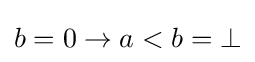
b=0\rightarrow a<b=\bot